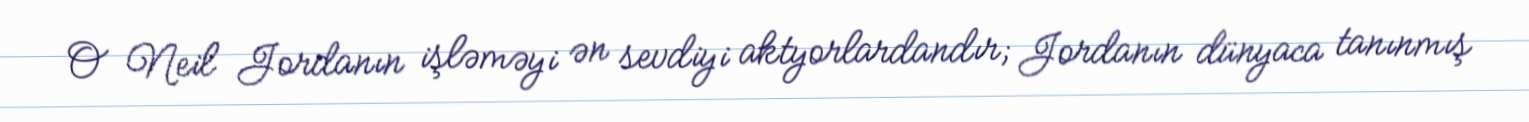
O Neil Jordanın işləməyi ən sevdiyi aktyorlardandır; Jordanın dünyaca tanınmış